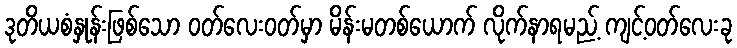
ဒုတိယစံနှုန်းဖြစ်သော ဝတ်လေးဝတ်မှာ မိန်းမတစ်ယောက် လိုက်နာရမည့် ကျင့်ဝတ်လေးခု